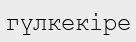
гүлкекіре